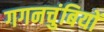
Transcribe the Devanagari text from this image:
गगनचुंबियों